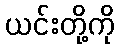
ယင်းတို့ကို